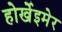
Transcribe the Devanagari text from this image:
होर्खेइमेर